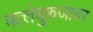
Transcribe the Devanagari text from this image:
फत्तेबुरुजावर